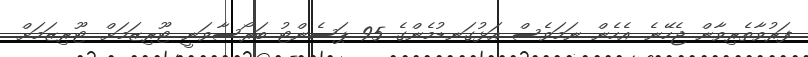
ފަރުވާތެރިވާން ޖެހޭނެ. އެހެން ނަމަވެސް އަޅުގަނޑުމެންގެ 95 ޕަސެންޓު ބަރޯސާވަނީ ޓޫރިޒަމަށް. ޓޫރިޒަމަށް